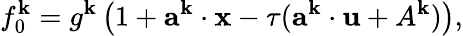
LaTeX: f_{0}^{\mathbf{k}}=g^{\mathbf{k}}\left(1+\textbf{{a}}^{\mathbf{k}}\cdot\textbf{{x}}-\tau(\textbf{{a}}^{\mathbf{k}}\cdot\textbf{{u}}+A^{\mathbf{k}})\right),